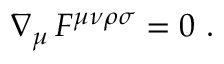
\nabla _ { \mu } \, F ^ { \mu \nu \rho \sigma } = 0 \ .